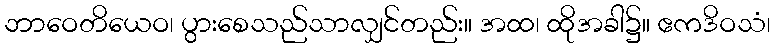
ဘာဝေတိယေဝ၊ ပွားစေသည်သာလျှင်တည်း။ အထ၊ ထိုအခါ၌။ ဧကဒိဝသံ၊